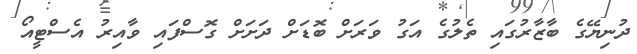
ދުނިޔޭގެ ބާޒާރުގައި ތެލުގެ އަގު ވަރަށް ބޮޑަށް ދަށަށް ގޮސްފައި ވާއިރު އެސްޓީއޯ